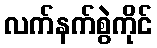
လက်နက်စွဲကိုင်